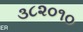
૩૮૨૦૧૦